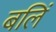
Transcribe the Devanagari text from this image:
बलिं